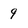
Character: 9